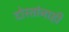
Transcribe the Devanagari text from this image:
दोस्तांनाही